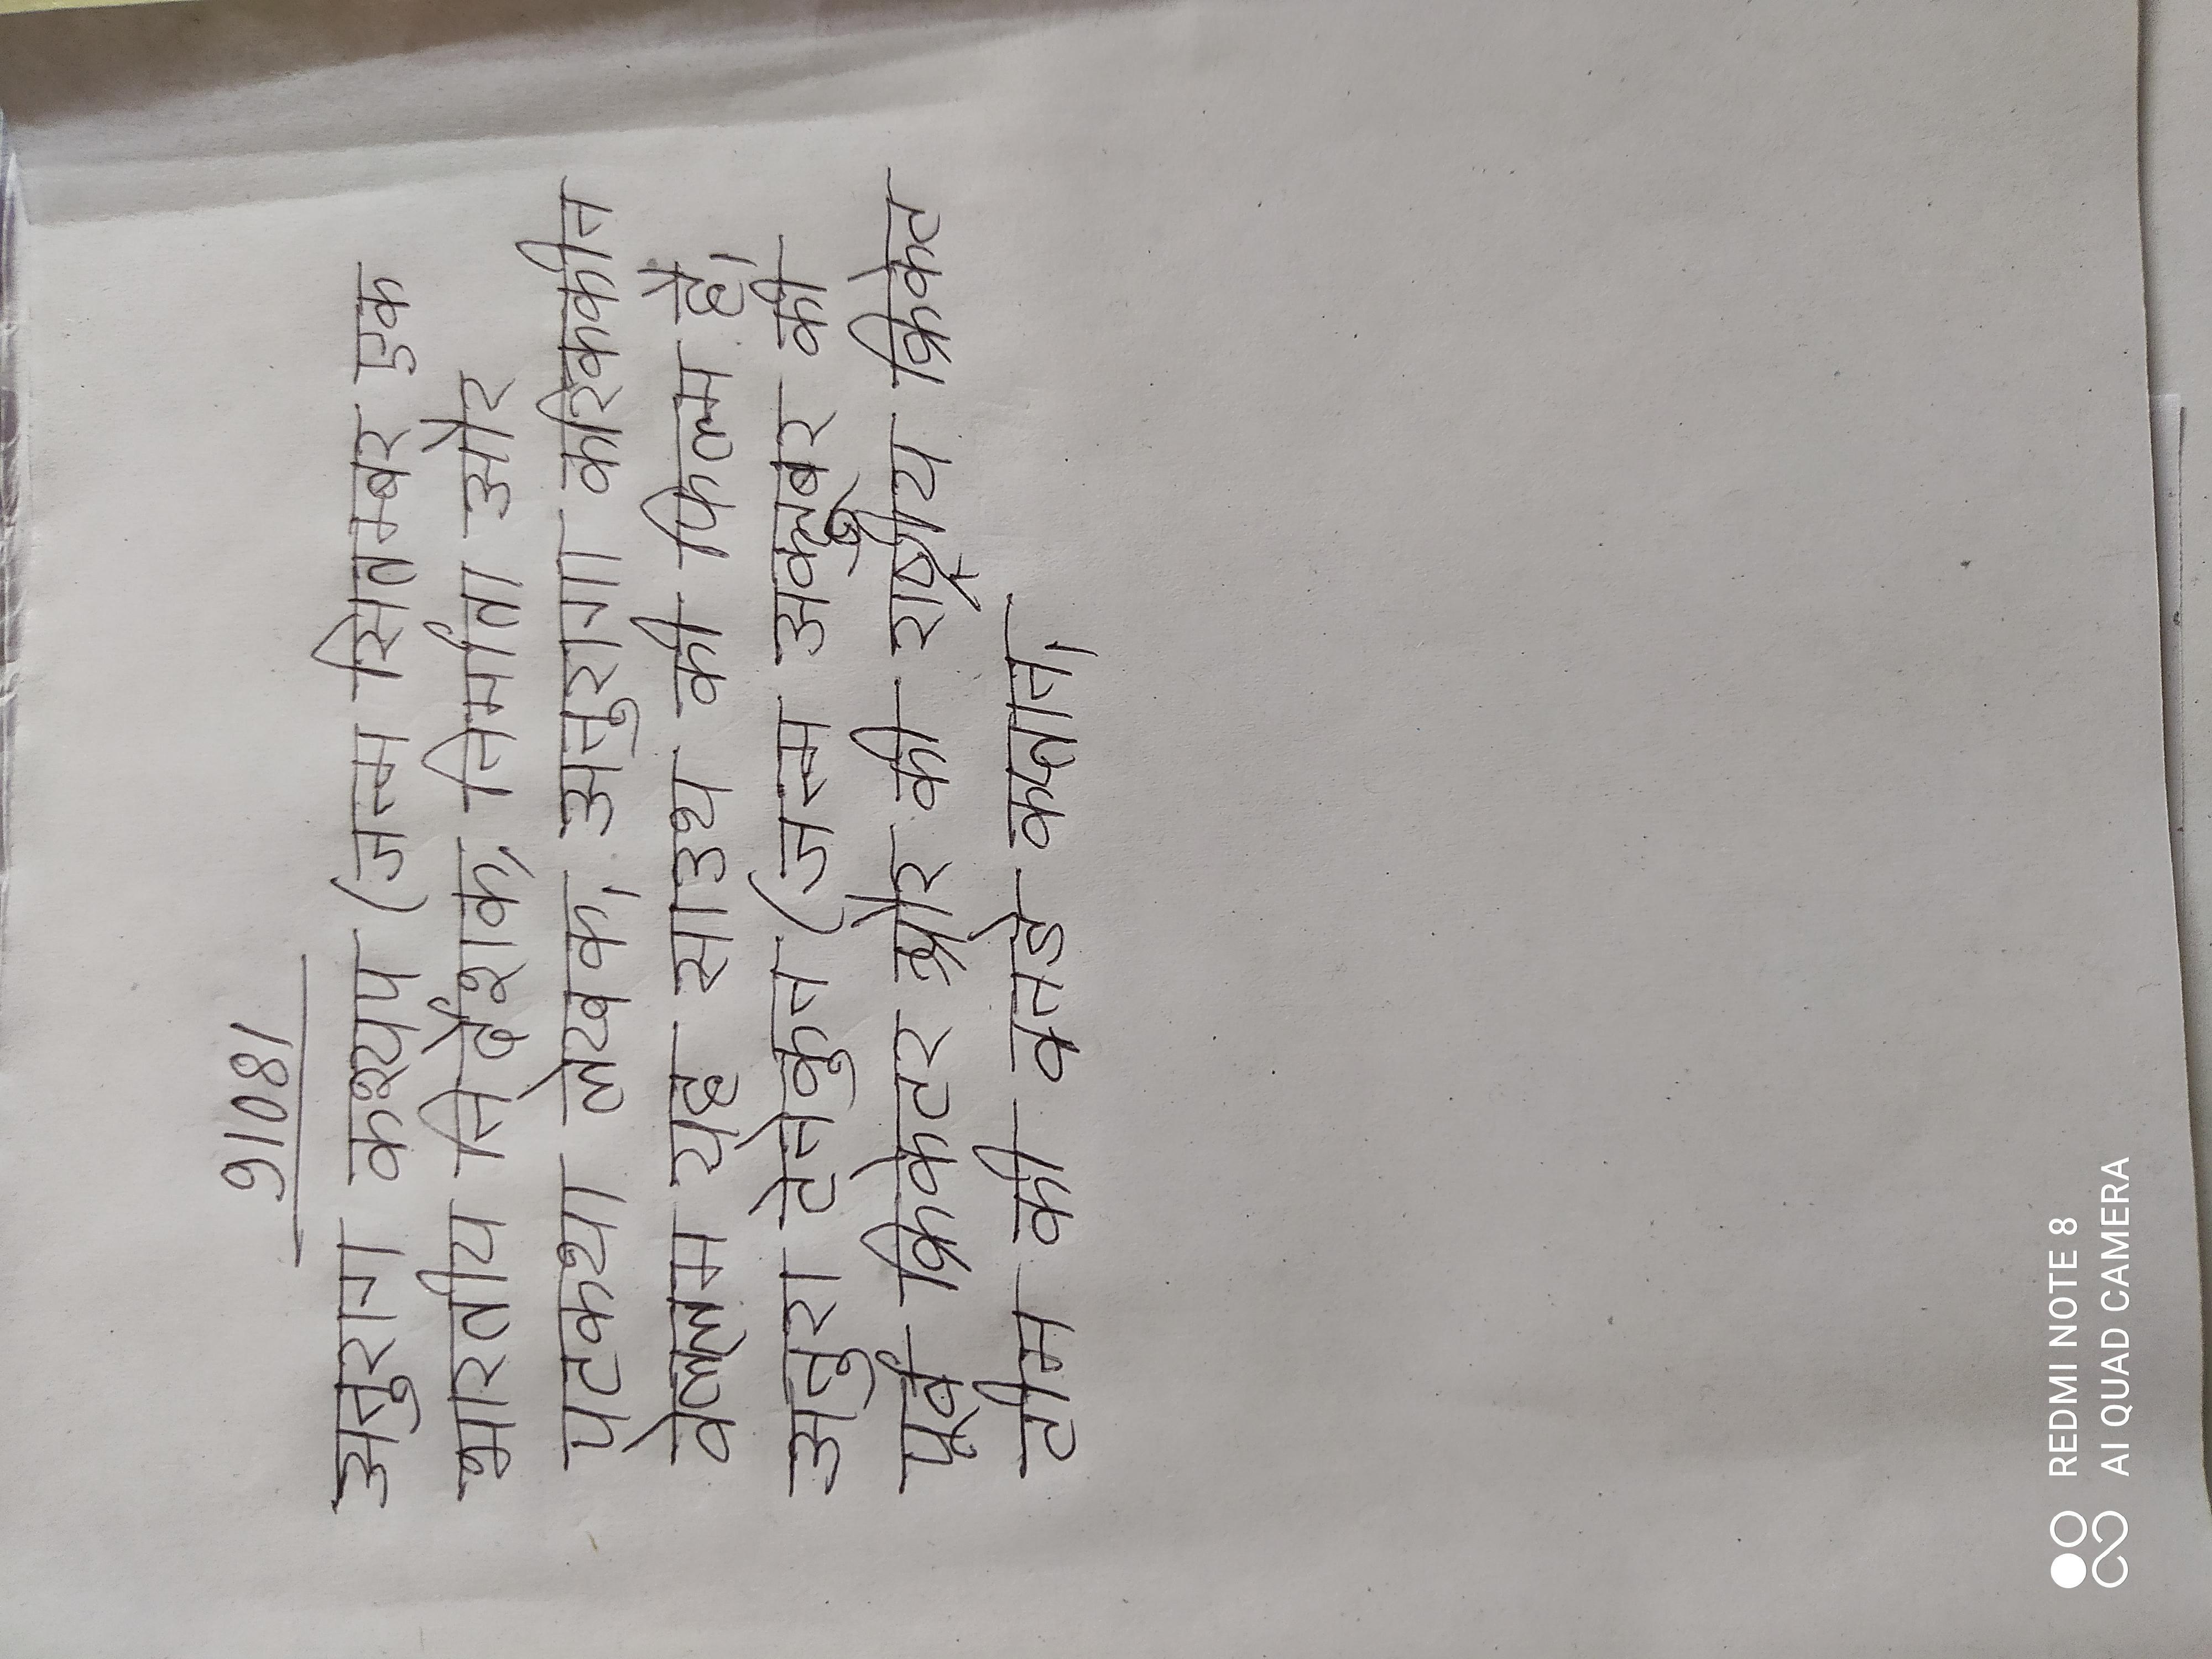
अनुराग कश्यप (जन्म सितम्बर एक भारतीय निर्देशक, निर्माता और पटकथा लेखक । अनुराग का जन्म को डॉ । अनुरागा करिककीन वेल्लम यह साउथ की फिल्म है । अनुरा टेनेकून (जन्म अक्टूबर की पूर्व क्रिकेटर और की राष्ट्रीय क्रिकेट टीम की वनडे कप्तान ।